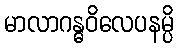
မာလာဂန္ဓဝိလေပနမ္ပိ